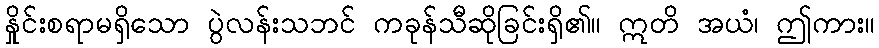
နှိုင်းစရာမရှိသော ပွဲလန်းသဘင် ကခုန်သီဆိုခြင်းရှိ၏။ ဣတိ အယံ၊ ဤကား။